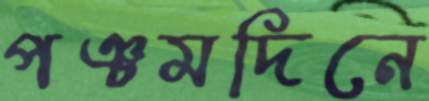
পঞ্চমদিনে